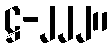
ဋ္ဌ-၂၂၂။